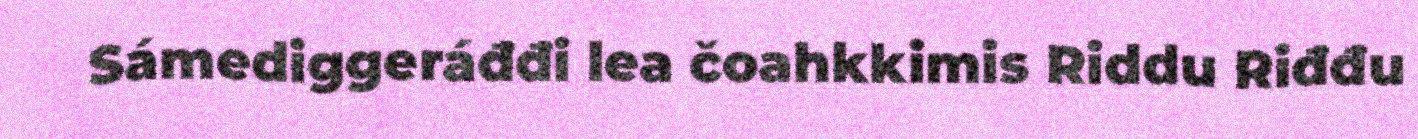
Sámediggeráđđi lea čoahkkimis Riddu Riđđu